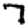
Digit: 7